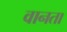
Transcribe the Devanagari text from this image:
वानता